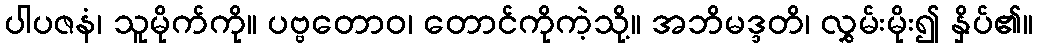
ပါပဇနံ၊ သူမိုက်ကို။ ပဗ္ဗတောဝ၊ တောင်ကိုကဲ့သို့။ အဘိမဒ္ဒတိ၊ လွှမ်းမိုး၍ နှိပ်၏။